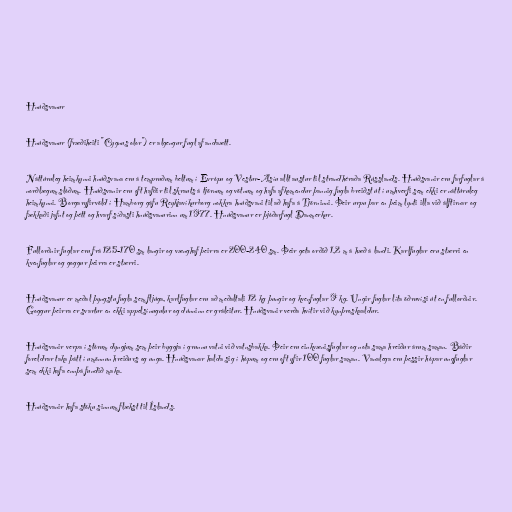
Hnúðsvanur

Hnúðsvanur (fræðiheiti "Cygnus olor") er algengur fugl af andaætt.

Náttúruleg heimkynni hnúðsvana eru á tempruðum beltum í Evrópu og Vestur-Asíu allt austur til strandhéraða Rússlands. Hnúðsvanir eru farfuglar á
norðlægum slóðum. Hnúðsvanir eru oft hafðir til skrauts á tjörnum og vötnum og hafa afkomendur þannig fugla breiðst út í umhverfi sem ekki er náttúruleg
heimkynni. Borgaryfirvöld í Hamborg gáfu Reykjavíkurborg nokkra hnúðsvani til að hafa á Tjörninni. Þeir urpu þar en þeim lynti illa við álftirnar og
fækkaði jafnt og þétt og hvarf síðasti hnúðsvanurinn um 1977. Hnúðsvanur er þjóðarfugl Danmerkur.

Fullorðnir fuglar eru frá 125-170 sm langir og vænghaf þeirra er 200-240 sm. Þeir geta orðið 1,2 m á hæð á landi. Karlfuglar eru stærri en
kvenfuglar og goggur þeirra er stærri.

Hnúðsvanur er meðal þyngstu fugla sem fljúga, karlfuglar eru að meðaltali 12 kg þungir og kvenfuglar 9 kg. Ungir fuglar líta öðruvísi út en fullorðnir.
Goggur þeirra er svartur en ekki appelsínugulur og dúnninn er gráleitur. Hnúðsvanir verða hvítir við kynþroskaaldur.

Hnúðsvanir verpa í stórum dyngjum sem þeir byggja í grunnu vatni við vatnsbakka. Þeir eru einkvænisfuglar og nota sama hreiður árum saman. Báðir
foreldrar taka þátt í umönnun hreiðurs og unga. Hnúðsvanar halda sig í hópum og eru oft yfir 100 fuglar saman. Vanalega eru þessir hópar ungfuglar
sem ekki hafa ennþá fundið maka.

Hnúðsvanir hafa stöku sinnum flækst til Íslands.